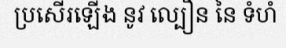
ប្រសើរឡើង នូវ ល្បឿន នៃ ទំហំ